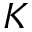
K